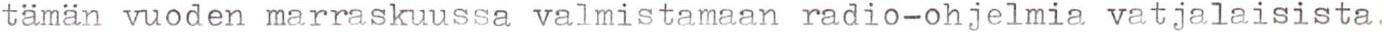
tämän vuoden marraskuussa valmistamaan radio-ohjelmia vatjalaisista,